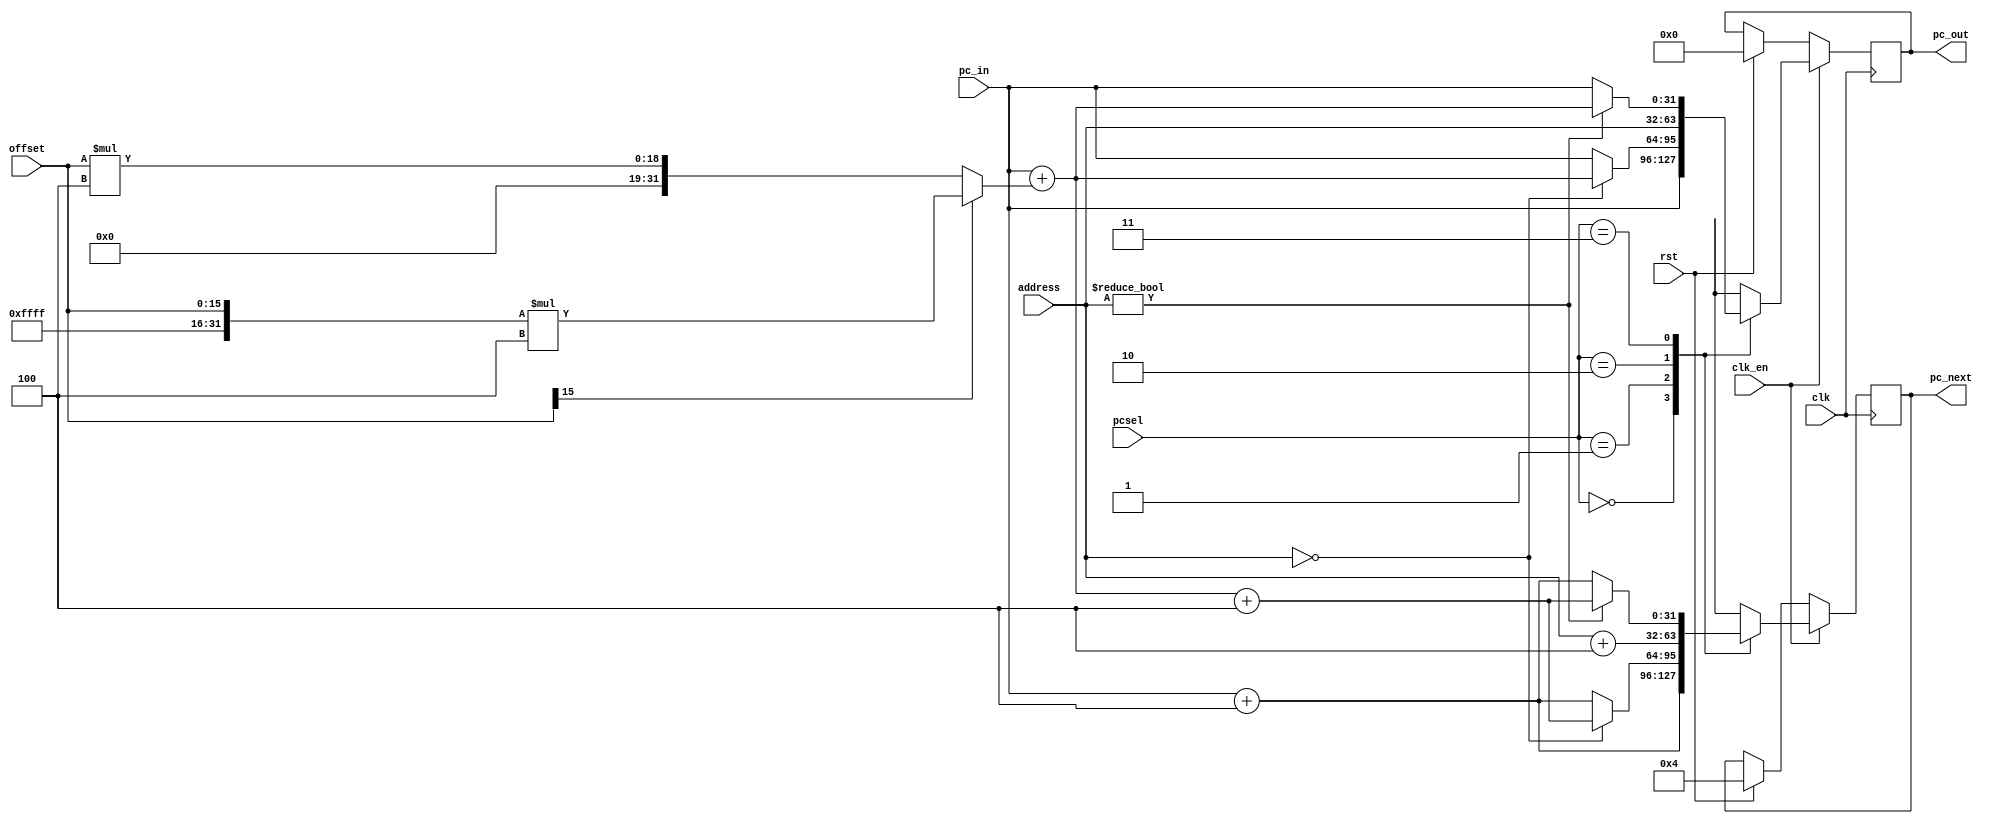
`define NORMAL 2'b00
`define BEQ    2'b01
`define JMP    2'b10
`define BNE    2'b11

module program_counter(
	input  wire clk,
	input  wire clk_en,
	input  wire rst,
	input  wire [1:0]  pcsel,
	input  wire [31:0] pc_in,
	input  wire [15:0] offset,
	input  wire [31:0] address,
	output reg  [31:0] pc_out,
	output reg  [31:0] pc_next
);
	wire [31:0] offset_32;
	assign offset_32 = (offset[15] == 1'b0) ? {16'h0000, offset} * 32'd4 : {16'hffff, offset} * 32'd4;
	wire [31:0] reg_val;
	assign reg_val = address;

	always @(posedge(clk)) begin
		if(rst) begin
			pc_out  <= 32'b0;
			pc_next <= 32'd4;
		end 
		
		if(clk_en) begin
			case(pcsel)
				`NORMAL : begin 
					pc_out  <= pc_in;
					pc_next <= pc_in + 32'd4;
				end
				
				`BEQ    : begin 
					if (reg_val == 32'b0) begin
						pc_out  <= pc_in + offset_32;
						pc_next <= pc_in + offset_32 + 32'd4;
					end else begin
						pc_out  <= pc_in;
						pc_next <= pc_in + 32'd4;
					end
				end
					
				`JMP   : begin
					pc_out  <= address;
					pc_next <= address + 32'd4;
				end
				
				`BNE    : 
					begin
						if (reg_val != 32'b0) begin
							pc_out  <= pc_in + offset_32;
							pc_next <= pc_in + offset_32 + 32'd4;
						end else begin
							pc_out  <= pc_in;
							pc_next <= pc_in + 32'd4;
						end
					end
			endcase		
		end
	end
endmodule